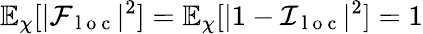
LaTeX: \mathbb{E}_{\chi}[|\mathcal{F}_{\mathrm{~l~o~c~}}|^{2}]=\mathbb{E}_{\chi}[|1-\mathcal{I}_{\mathrm{~l~o~c~}}|^{2}]=1